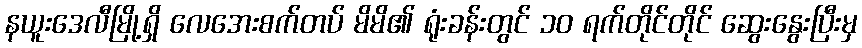
နယူးဒေလီမြို့ရှိ လေအေးစက်တပ် မိမိ၏ ရုံးခန်းတွင် ၁၀ ရက်တိုင်တိုင် ဆွေးနွေးပြီးမှ